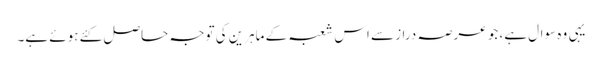
یہی وہ سوال ہے، جو عرصہ دراز سے اس شعبہ کے ماہرین کی توجہ حاصل کئے ہوئے ہے۔